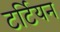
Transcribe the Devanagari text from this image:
टर्टियन